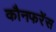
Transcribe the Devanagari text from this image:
कौनफरेंस